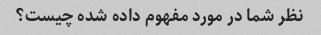
نظر شما در مورد مفهوم داده شده چیست؟